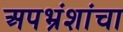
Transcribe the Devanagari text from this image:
अपभ्रंशांचा